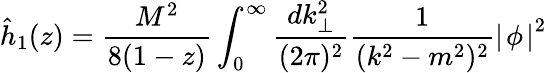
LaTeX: \hat{h}_{1}(z)=\frac{M^{2}}{8(1-z)}\int_{0}^{\infty}\frac{dk_{\bot}^{2}}{(2\pi)^{2}}\frac{1}{(k^{2}-m^{2})^{2}}{\mid\! \phi\! \mid}^{2}